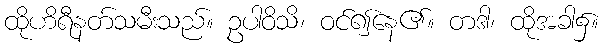
ထိုဟိရီနတ်သမီးသည်။ ဥပါဝိသိ၊ ဝင်၍နေ၏။ တဒါ၊ ထိုအခါ၌။